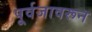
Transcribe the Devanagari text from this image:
पूर्वजावरून